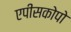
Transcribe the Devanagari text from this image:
एपीसकोपो